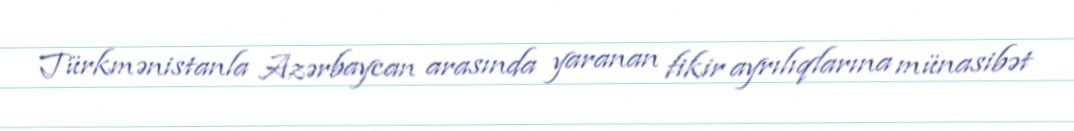
Türkmənistanla Azərbaycan arasında yaranan fikir ayrılıqlarına münasibət